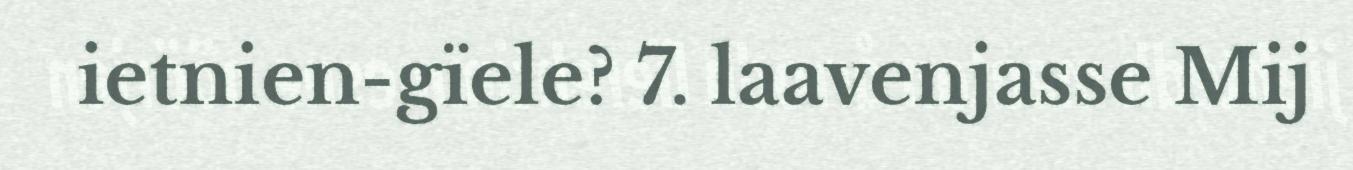
ietnien-gïele? 7. laavenjasse Mij